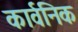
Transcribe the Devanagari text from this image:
कार्वनिक